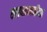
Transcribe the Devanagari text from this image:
लढ्यासाठीचा